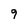
Character: 9